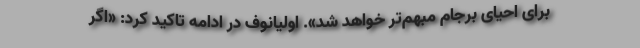
برای احیای برجام مبهم‌تر خواهد شد». اولیانوف در ادامه تاکید کرد: «اگر